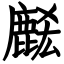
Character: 𪊭